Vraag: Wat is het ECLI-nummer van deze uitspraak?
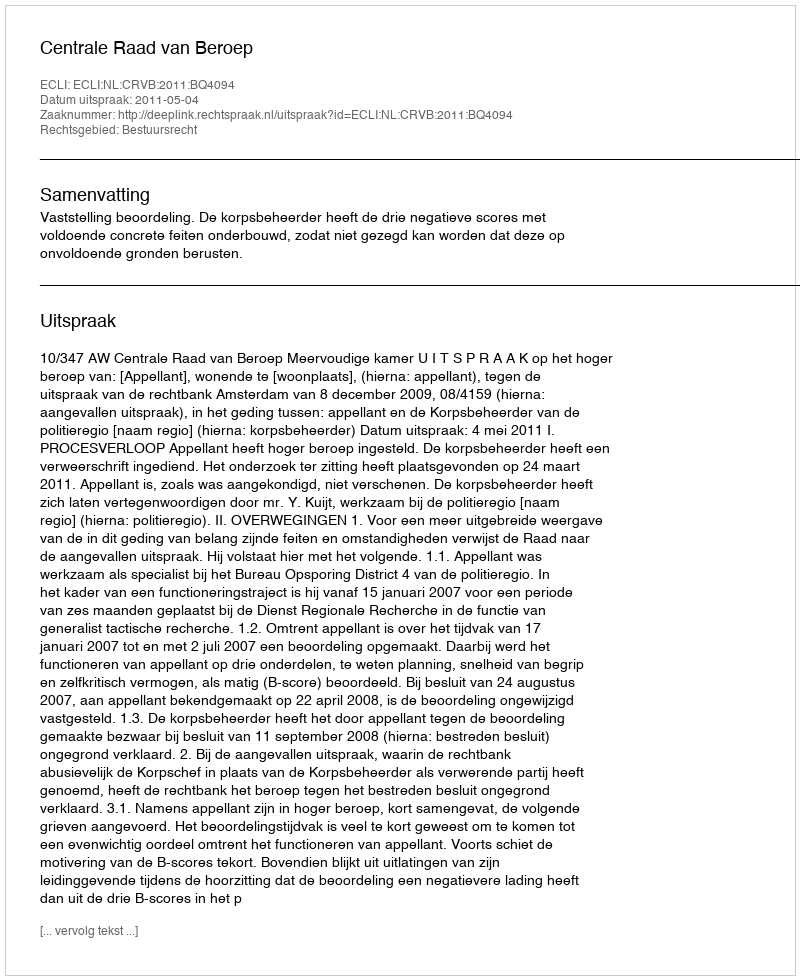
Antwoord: ECLI:NL:CRVB:2011:BQ4094